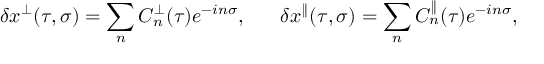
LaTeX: \delta x ^ { \perp } ( \tau , \sigma ) = \sum _ { n } C _ { n } ^ { \perp } ( \tau ) e ^ { - i n \sigma } , \; \; \; \; \; \; \delta x ^ { \parallel } ( \tau , \sigma ) = \sum _ { n } C _ { n } ^ { \parallel } ( \tau ) e ^ { - i n \sigma } ,